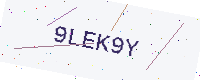
Text: 9LEK9Y